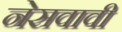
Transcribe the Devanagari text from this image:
नेसवावी